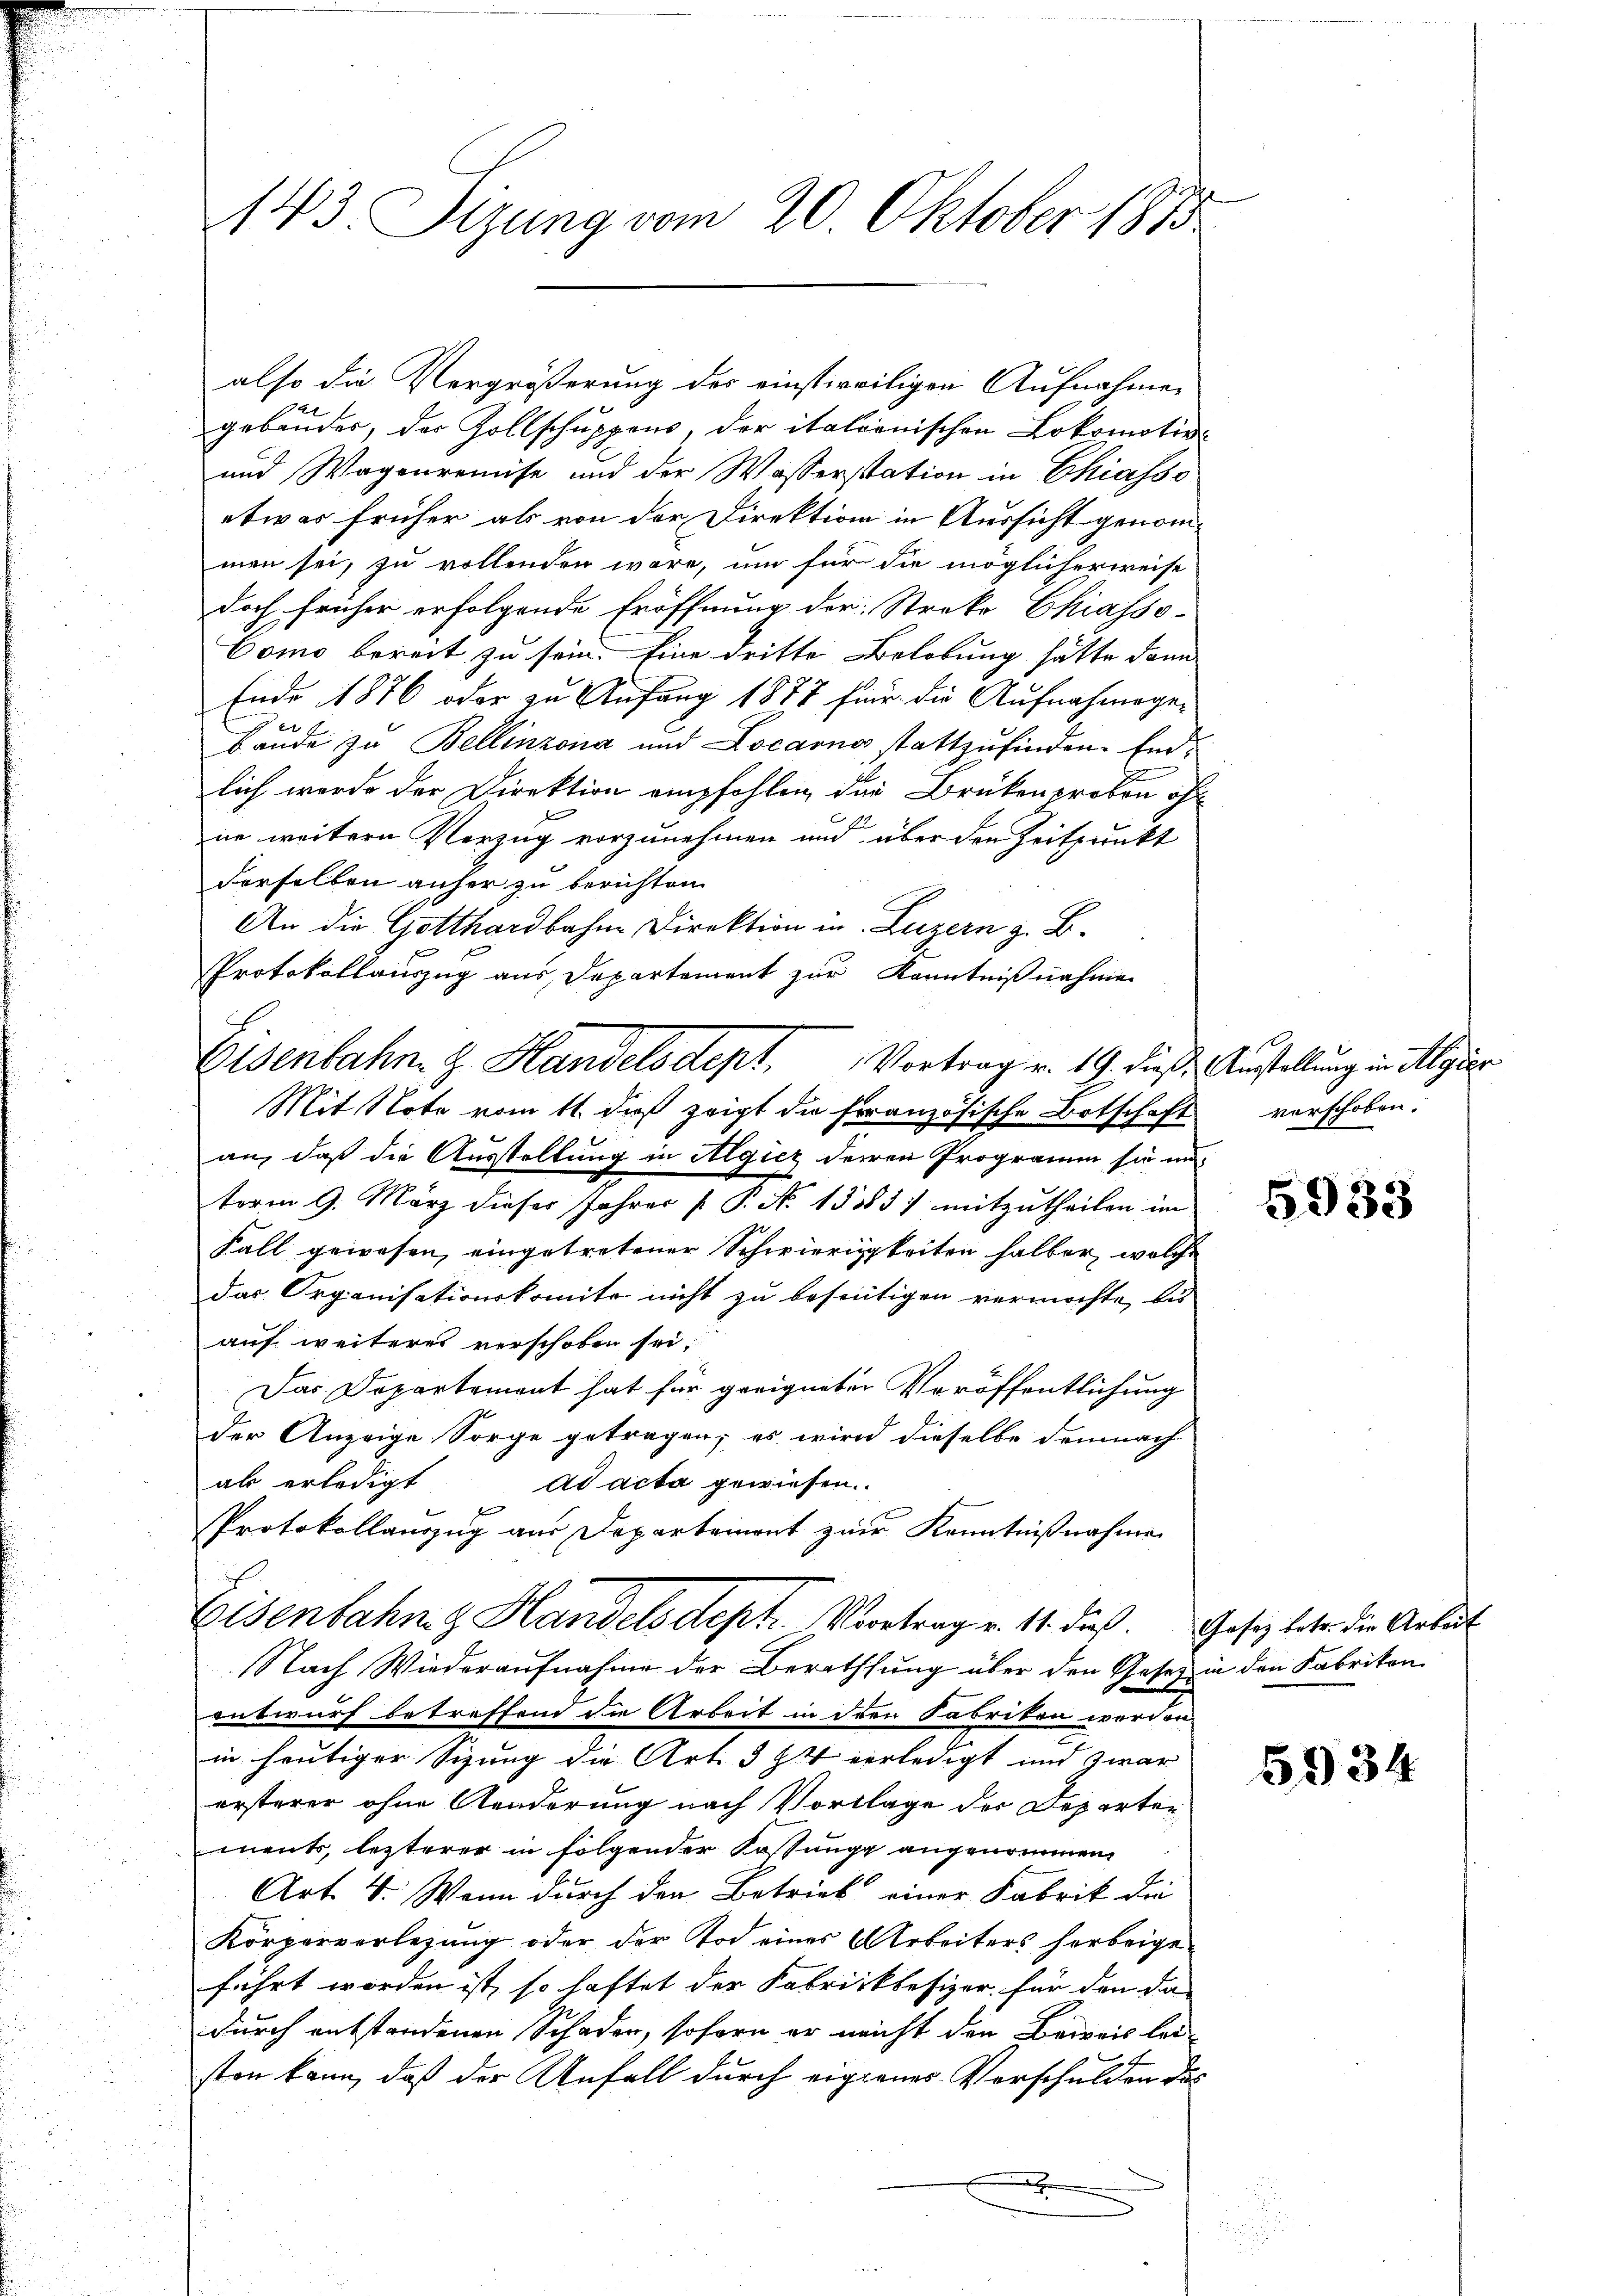
143. Sizung vom 20. Oktober 1875

gebäuder, der Zollschuppens, der italienischen Lokomotive
und Wagenremise und der Wasserstation in Chiasso
etwas früher als von der Direktion in Aussicht genommen sei, zu vollenden wäre, um für die möglicherweise
doch früher erfolgende Eröffnung der Streke Chiasso-
Como bereit zu sein. Eine dritte Belobung hätte dann
Ende 1876 oder zu Anfang 1878 für die Aufnahmege-
Baude zu Bellinzona und Locarno stattzufinden. End
lich werde der Direktion empfohlen die Brükenproton ohn
ne weitern Vorzug vorzunehmen und über den Zeitpunkt
derselben anher zu berichten.
An die Gotthardbahne Direktion in Luzern z. B.
Protokollauszug aus Departement zur Kenntnißnahmen
Mit Note vom 11. daß zeigt die französische Botschaft verschoben.
an, daß die Ausstellung in Algiez deren Programm sie un
term 9. März dieses Jahres P. No 13885) mitzutheilen im
Fall gewesen, eingetretener Schwierigkeiten halber, welche
das Organisationskomite nicht zu beseitigen vermöchte, bis
auf weiteres verschoben sei,
Das Departemont hat für geeigneter Veröffentlichung
der Anzeige Sorge getragen; es wird dieselbe demnach
ad acta gewiesen.
abs erledigt
f
Protokollauszug aus Departement zur Kenntnißnahme
Eisenbahng Handelsdept. Vortrag v. 11. dieß. Gesezleter die Arbeit
Nach Wiederaufnahme der Berathung über den Gesetz in den Fabriten
entwurf betreffend die Arbeit in der Sabriken werden
in heutiger Sizung die Art. 594 verledigt und zwar
ersterer ohne Aenderung nach Vorlage der Departen
ments, lezterer in folgender Fassung angenommen,
Art. 4. Wenn durch den Betrieb einer Fabrik die
Körperverlegung oder der Tod eines Arbeiters herbeigeführt worden ist, so haftet der Fabrickbesizer, für den da
durch entstandenen Schaden, sofern er nicht den Beweis leiston kann, daß der Anfall durch eigenes Vorschulden des
f

also die Vergrößerung des einstweiligen Aufnahme

Eisenbahn. G. Handelsdept. Vortrag v. 19. dieß. Anstellung in Algier

5933

5934